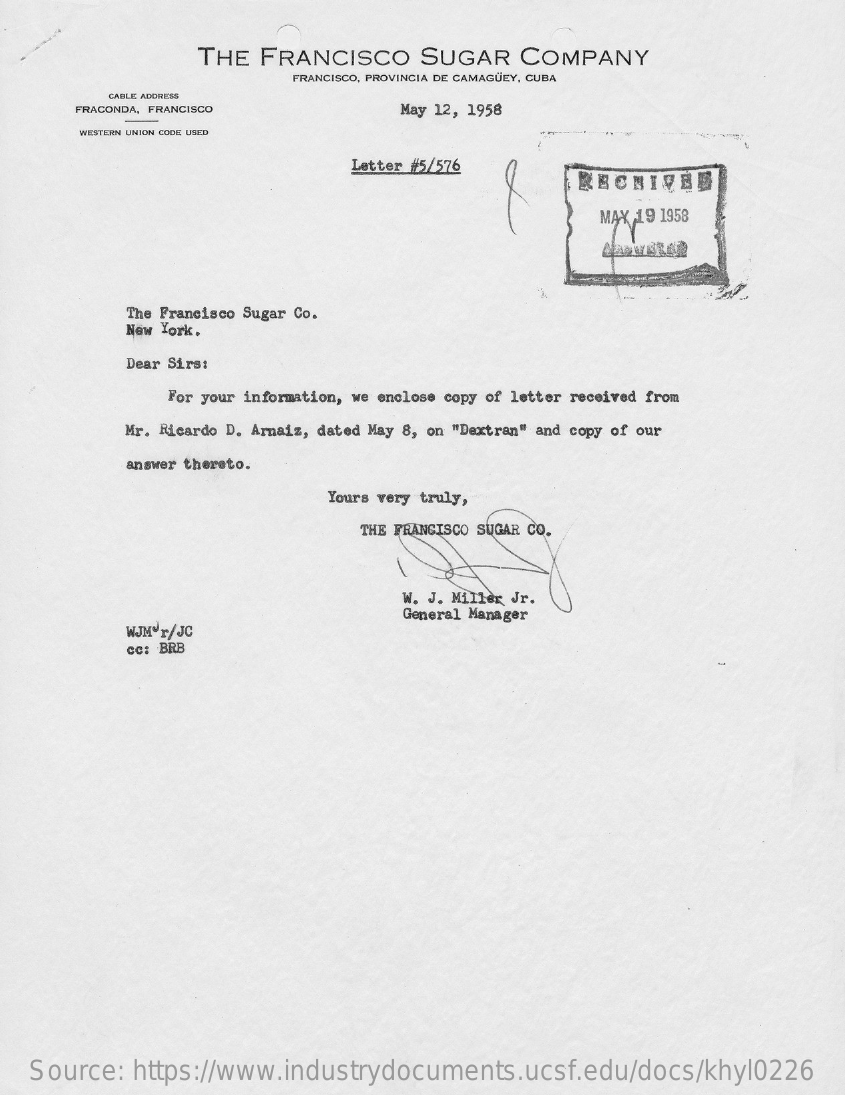
THE  FRANCISCO   SUGAR  COMPANY
     FRANCISCO, PROVINCIA DE CAMAGUEY, CUBA
     CABLE ADDRESS
     FRACONDA, FRANCISCO    May 12, 1958
     WESTERN UNION CODE USED
     Letter #5/576
     RECHIVES
     MAX 19 1958
     The Francisco Sugar Co.
     New York.
     Dear Sirs:
     For your information, we enclose copy of letter received from
     Mr. Ricardo D. Arnaiz, dated May 8, on "Dextran" and copy of our
     answer thereto.
     Yours very truly,
     THE FRANCISCO SUGAR CO.
     W. J. Miller Jr.
     General Manager
     WJMer/JC
     cc: BRB
   Source: https://www.industrydocuments.ucsf.edu/docs/khyl0226